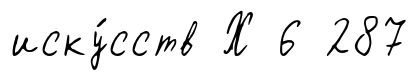
иску́сств Х 6 287